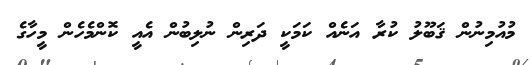
މުއުމިނުން ޤަބޫލު ކުރާ އަނެއް ކަމަކީ ދަރިން ނުލިބުން އެއީ ކޮންމެހެން މީހާގެ